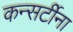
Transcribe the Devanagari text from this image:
कन्सर्टीना